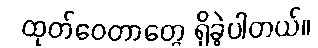
ထုတ်ဝေတာတွေ ရှိခဲ့ပါတယ်။